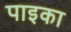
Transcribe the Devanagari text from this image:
पाइका